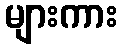
များကား